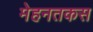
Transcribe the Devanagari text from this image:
मेहनतकस